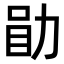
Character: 𫦲